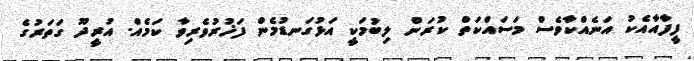
ފީފާއާއެކު އަނެއްކާވެސް މަސައްކަތް ކުރަން ލިބުމަކީ އަޅުގަނޑުމެން ފަޚުރުވެރިވާ ކަމެއް. އުރީދޫ ގަތަރުގެ